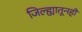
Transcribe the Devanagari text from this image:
जिल्ह्यातूनही